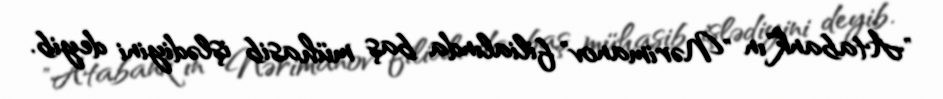
"Atabank"ın "Nərimanov" filialında baş mühasib işlədiyini deyib.